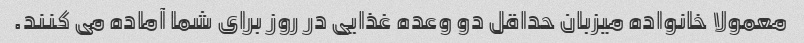
معمولا خانواده میزبان حداقل دو وعده غذایی در روز برای شما آماده می کنند.